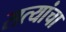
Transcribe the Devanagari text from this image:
सत्यांचा